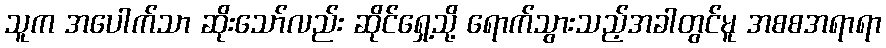
သူက အပေါက်သာ ဆိုးသော်လည်း ဆိုင်ရှေ့သို့ ရောက်သွားသည့်အခါတွင်မူ အစစအရာရာ